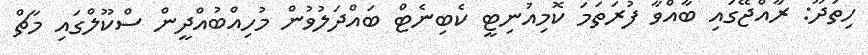
ހިތަދޫ: ރާއްޖޭގައި ބާއްވާ ފުރަތަމަ ކޮމިއުނިޓީ ކެބިނެޓް ބައްދަލުވުން މުހިއްބުއްދީން ސްކޫލްގައި މާޗް